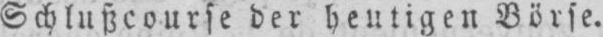
Schlußcourse der heutigen Börse.